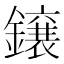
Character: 𮣐